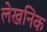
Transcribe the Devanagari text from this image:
लेखनिक